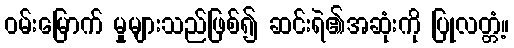
ဝမ်းမြောက် မှုများသည်ဖြစ်၍ ဆင်းရဲ၏အဆုံးကို ပြုလတ္တံ့။